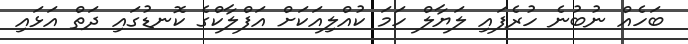
ބަހެއް ނުބުނެ ހުރެފައި ލަޔާލް ހަމަ ކުއްލިއަކަށް އަފްލާކްގެ ކޮނޑުގައި ދަތް އަޅައި